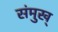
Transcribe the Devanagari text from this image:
संमुख्